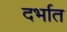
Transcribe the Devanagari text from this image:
दर्भात